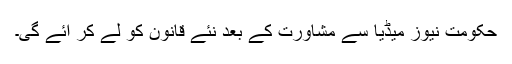
حکومت نیوز میڈیا سے مشاورت کے بعد نئے قانون کو لے کر آئے گی۔